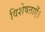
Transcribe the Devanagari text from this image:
विशेषताएँ।